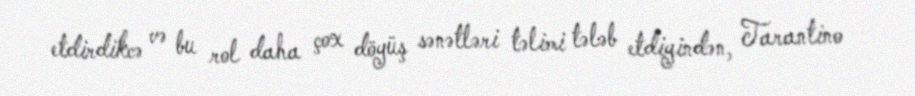
etdirdikcə və bu rol daha çox döyüş sənətləri təlimi tələb etdiyindən, Tarantino